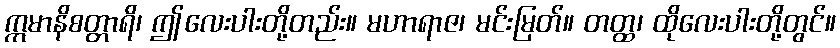
ဣမာနိစတ္တာရိ၊ ဤလေးပါးတို့တည်း။ မဟာရာဇ၊ မင်းမြတ်။ တတ္ထ၊ ထိုလေးပါးတို့တွင်။